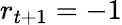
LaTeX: r_{t+1}=-1